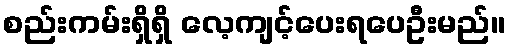
စည်းကမ်းရှိရှိ လေ့ကျင့်ပေးရပေဦးမည်။